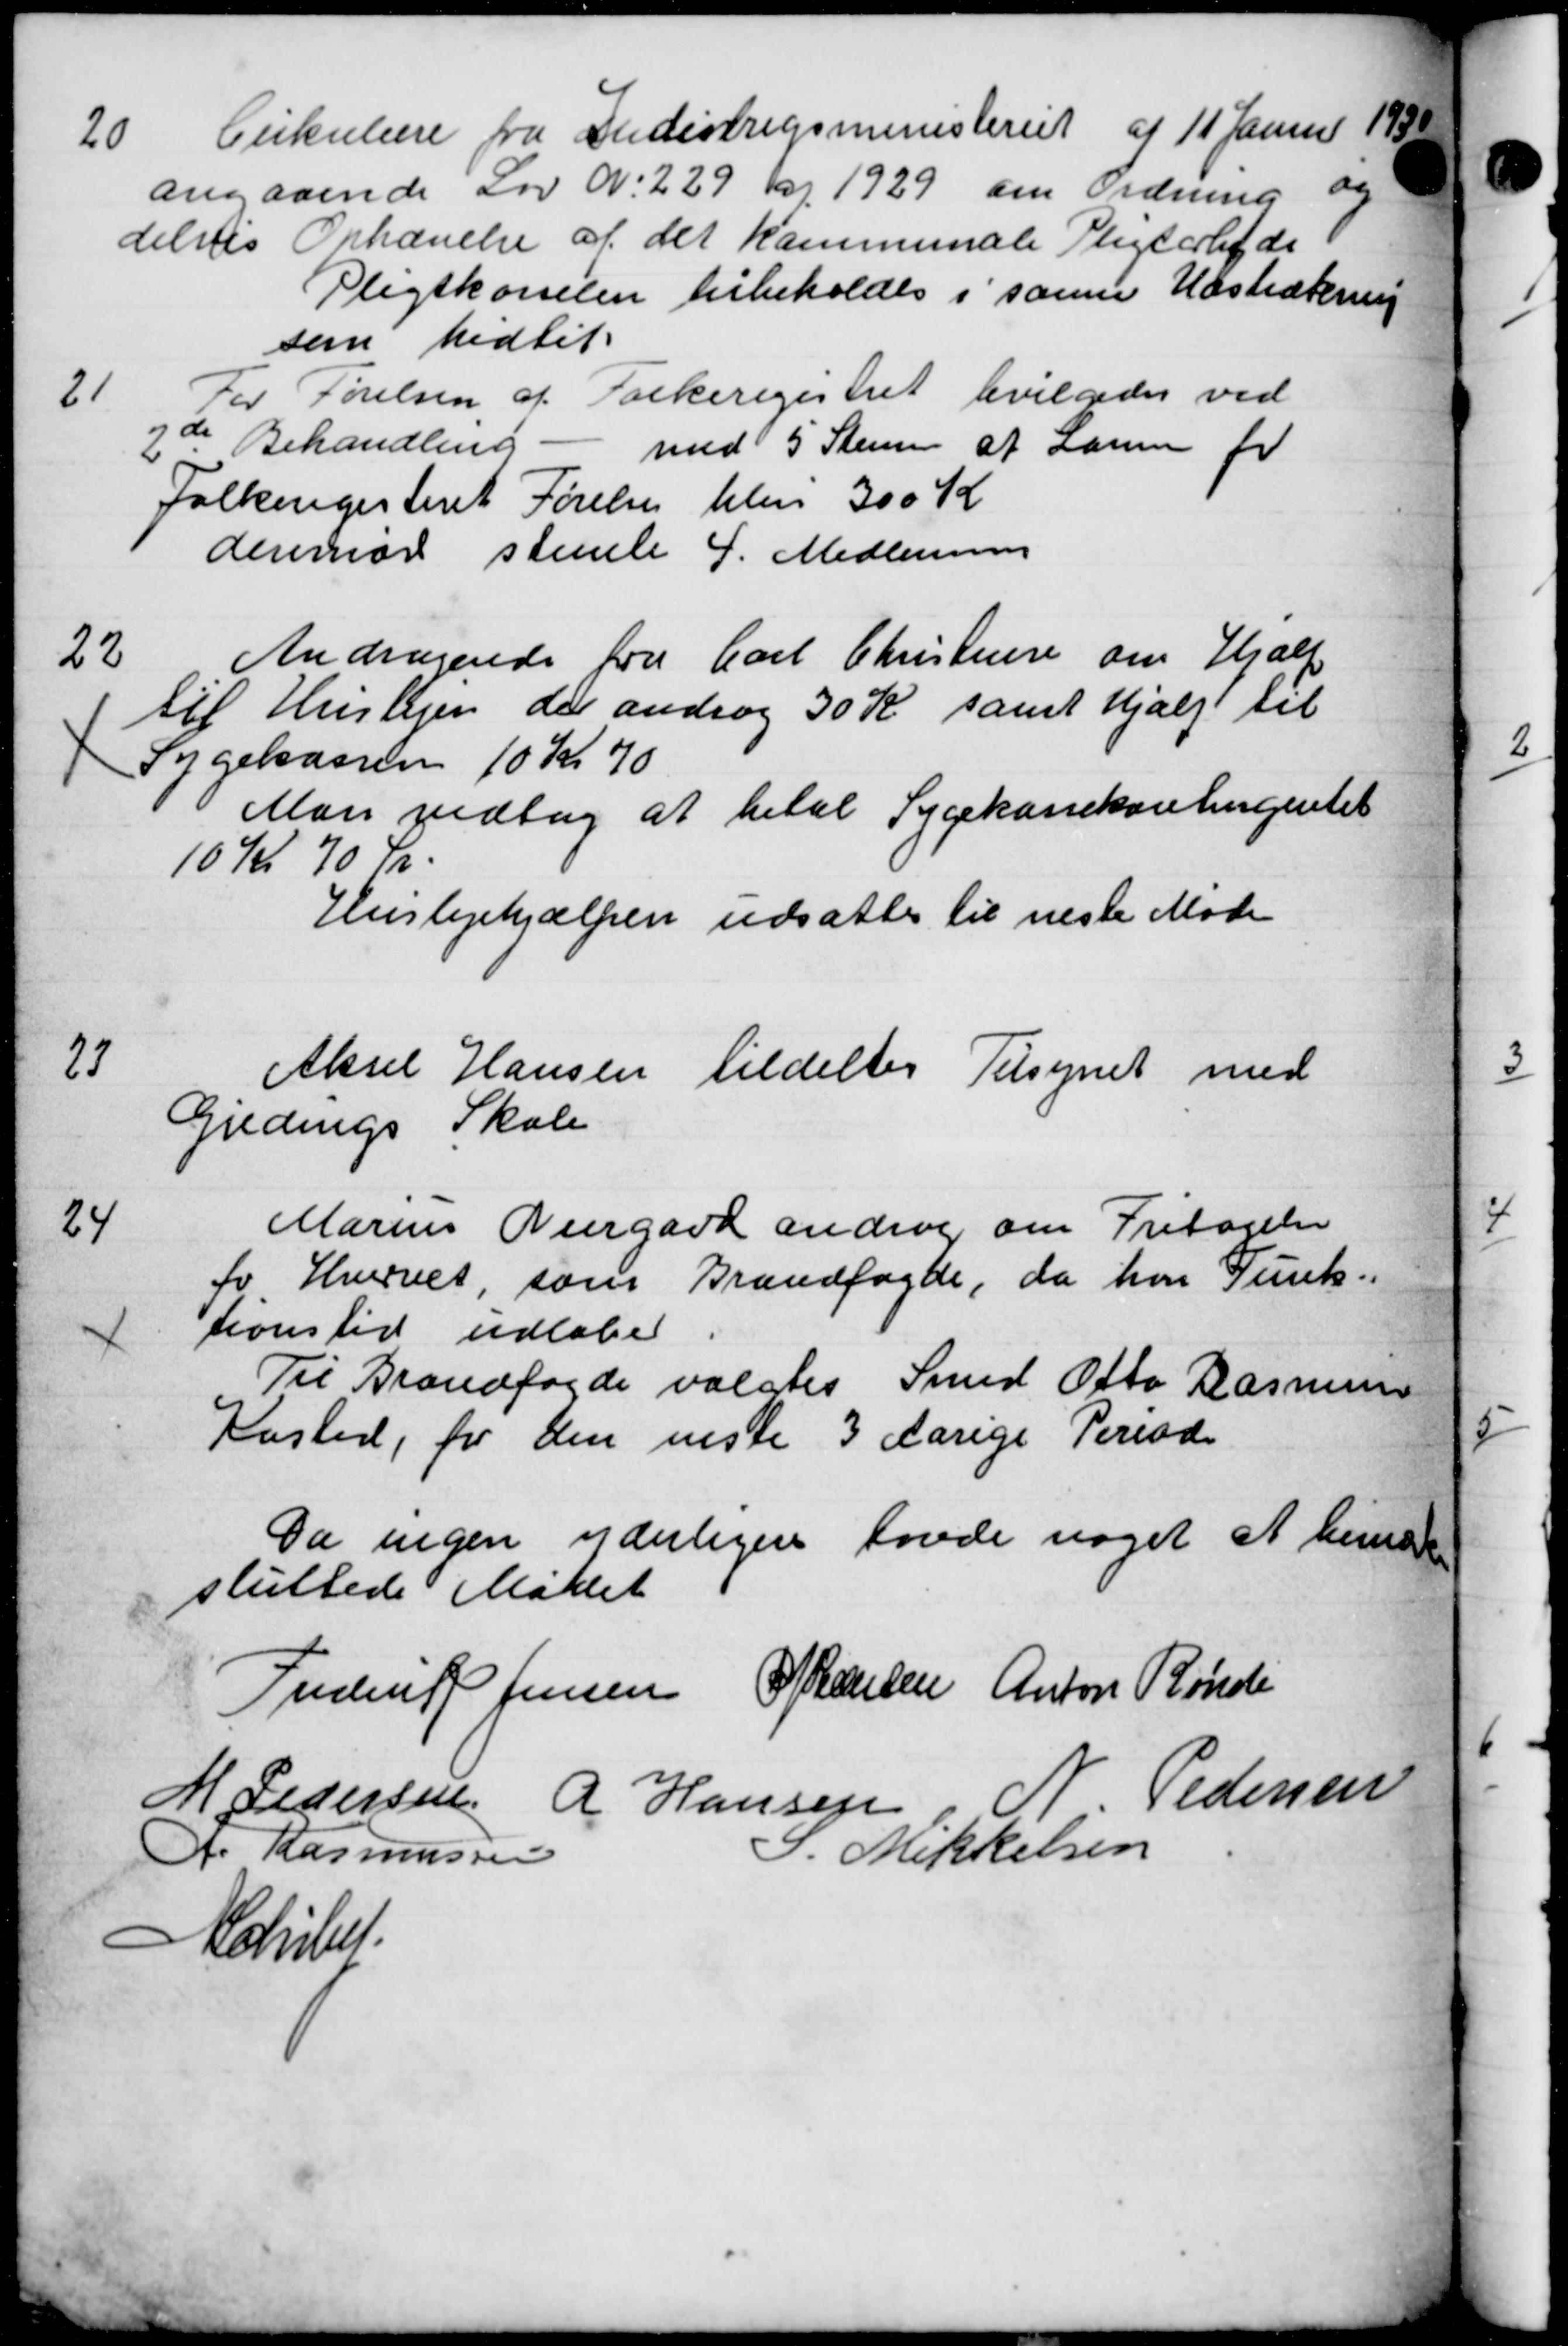
Transskription:
20
Cirkulære fra Indistrigsministeriet af 11 Januar 1930
angaaende Lov N. 229 Kr. 1929 om Ordning og
delses Ophævelse af det kommunale Pligtarbejde
Pligtkørselen bibeholdes i samme Udstrækning
som hidtil.
21
For Poulsen af Folkeregistret bevilgedes ved
2de Behandling
med 5 Stemm af Laun for
Folkeregisteret forelaa tilen 300 Kr
derenør stemte 4. Medlemmer
22
Andragende fra Carl Christensen om Hjælp
til Huslejen der androg 30 Kr samt Hjælp til
 Sygekassen 10 Kr 70
Man vedtog at betal Sygekassekontingentet
10 Kr 70 Kr.
Huslejehjælpen udsattes til næste Møde
23
Aksel Hansen tildeltes Tilsynet med
Gjedings Skole
24
Marius Neergard androg om Fritagelse
for Hvervet, som Brandfogde, da har Funk-
tionstid udløbe
Til Brandfogede valgtes Smed Otto Rasmussen
Kasted, for den neste 3 Aarige Period
Da ingen yderligere havde noget at beret
sluttede Møllet
Freder Jensen J Hansen Anton Rønde
M Pedersen A Hansen
Pedersen
A. Rasmussen
S. Mikkelsen
Maribet.